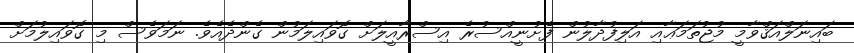
ބައިނަލްއަޤްވާމީ މުޖުތަމަޢާއި އަލިފުދާލުން ފެށުނީއްސުރެ އިސްރާއީލަށް ގޮވައިލަމުން ގެންދެއެވެ. ނަމަވެސް މި ގޮވައިލުމަށް